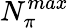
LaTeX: N_{\pi}^{max}